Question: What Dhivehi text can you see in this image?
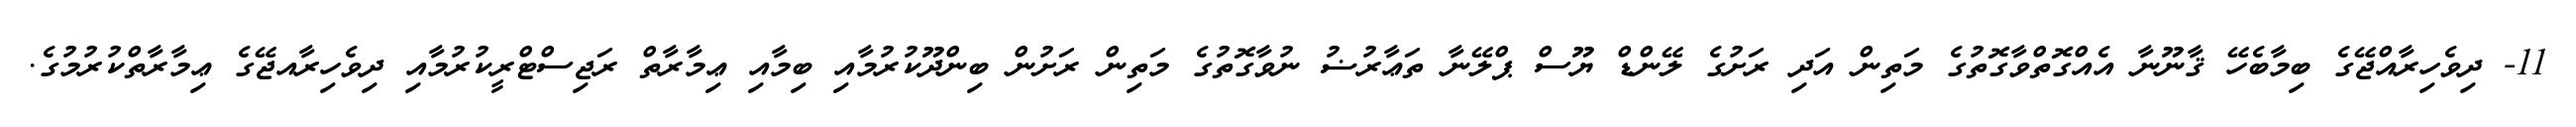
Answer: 11- ދިވެހިރާއްޖޭގެ ބިމާބެހޭ ޤާނޫނާ އެއްގޮތްވާގޮތުގެ މަތިން އަދި ރަށުގެ ލޭންޑް ޔޫސް ޕްލޭނާ ތަޢާރުޟު ނުވާގޮތުގެ މަތިން ރަށުން ބިންދޫކުރުމާއި ބިމާއި ޢިމާރާތް ރަޖިސްޓްރީކުރުމާއި ދިވެހިރާއޖޭގެ ޢިމާރާތްކުރުމުގެ.